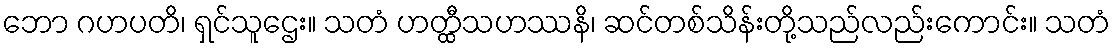
ဘော ဂဟပတိ၊ ရှင်သူဌေး။ သတံ ဟတ္ထီသဟဿနိ၊ ဆင်တစ်သိန်းတို့သည်လည်းကောင်း။ သတံ